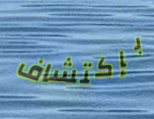
بإكتشاف